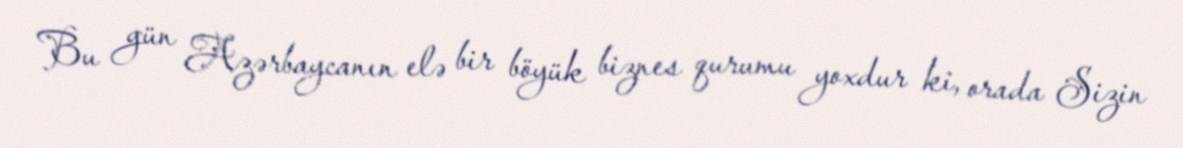
Bu gün Azərbaycanın elə bir böyük biznes qurumu yoxdur ki, orada Sizin